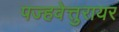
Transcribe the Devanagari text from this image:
पज्हवेत्तुरायर